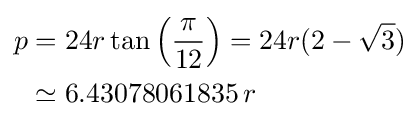
{\begin{aligned}p&=24r\tan \left({\frac {\pi }{12}}\right)=24r(2-{\sqrt {3}})\\&\simeq 6.43078061835\,r\end{aligned}}